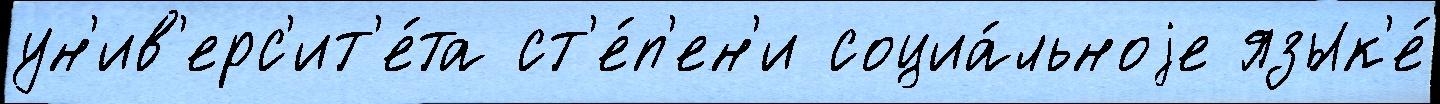
ун'ив'ерс'ит'е́та ст'е́п'ен'и социа́льноjе язык'е́